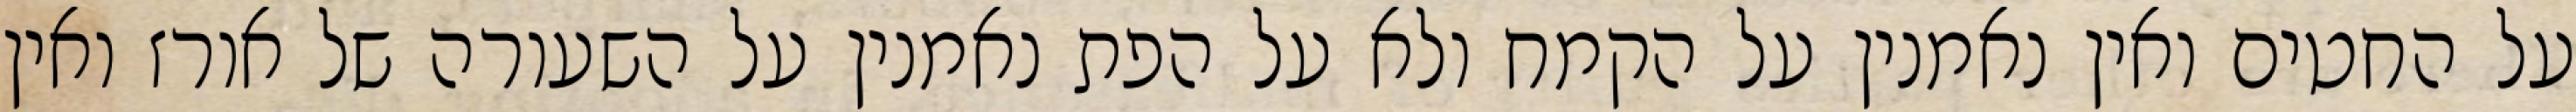
על החטים ואין נאמנין על הקמח ולא על הפת נאמנין על השעורה של אורז ואין